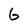
Character: G